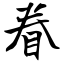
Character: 眷